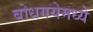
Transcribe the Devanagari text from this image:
बोधगयेमध्ये